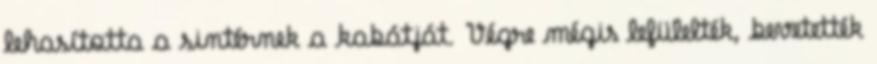
lehasította a sintérnek a kabátját. Végre mégis lefülelték, bevetették